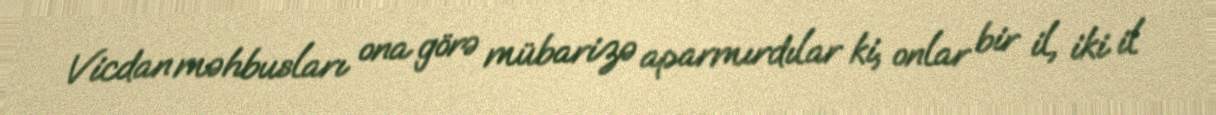
Vicdan məhbusları ona görə mübarizə aparmırdılar ki, onlar bir il, iki il